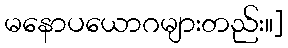
မနောပယောဂများတည်း။]